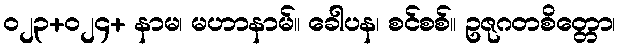
ဝ၂၃+၀၂၄+ နာမ၊ မဟာနာမ်။ ခေါပန၊ စင်စစ်။ ဥဇုဂတစိတ္တော၊